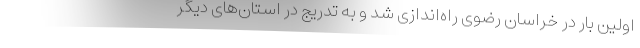
اولین بار در خراسان رضوی راه‌اندازی شد و به تدریج در استان‌های دیگر